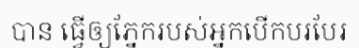
បាន ធ្វើឲ្យភ្នែករបស់អ្នកបើកបរបែរ